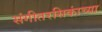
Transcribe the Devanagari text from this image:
संगीतरसिकांच्या